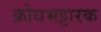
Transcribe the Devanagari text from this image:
क्रोधभट्टारक